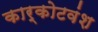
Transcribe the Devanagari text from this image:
कार्कोटवंश